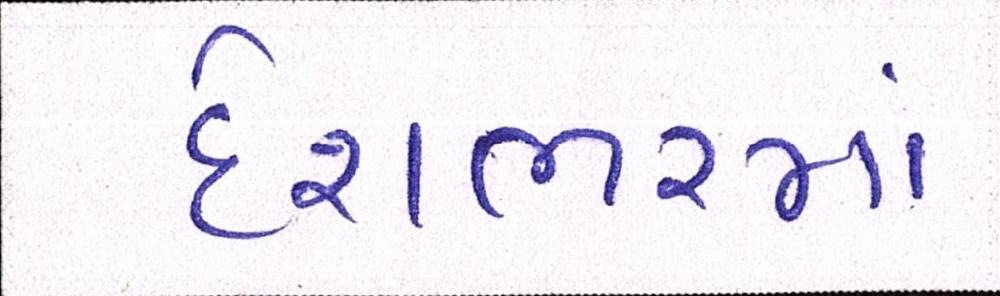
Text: દેશભરમાં